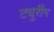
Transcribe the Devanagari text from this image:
ट्युरींग